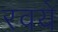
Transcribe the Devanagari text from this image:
रवये